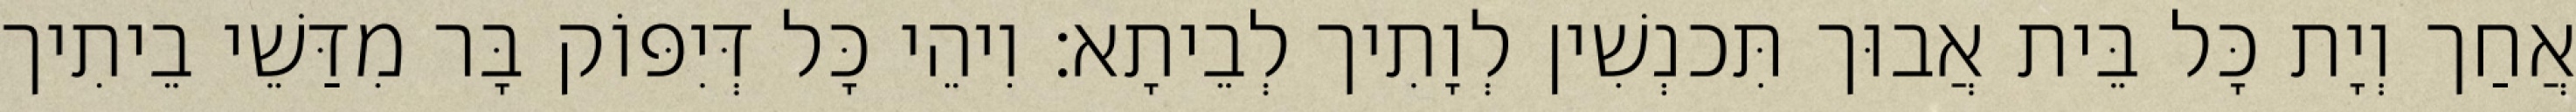
אֲחַך וְיָת כָּל בֵּית אֲבוּך תִּכנְשִׁין לְוָתִיך לְבֵיתָא׃ וִיהֵי כָּל דְּיִפּוֹק בָּר מִדַּשֵׁי בֵיתִיך